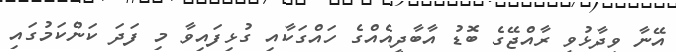
އޭނާ ވިދާޅުވީ ރާއްޖޭގެ ބޮޑު އާބާދީއެއްގެ ހައްގަކާއި ގުޅިފައިވާ މި ފަދަ ކަންކަމުގައި